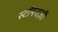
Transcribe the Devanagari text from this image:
स्टॉपराज़ी